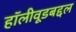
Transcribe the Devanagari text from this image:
हॉलीवूडबद्दल